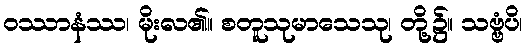
ဝဿာနံဿ၊ မိုးလ၏။ စတူသုမာသေသု၊ တို့၌။ သဗ္ဗံပိ၊